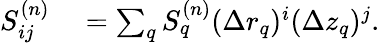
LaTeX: \begin{array}{rl}{S_{ij}^{(n)}}&{{}=\sum_{q}S_{q}^{(n)}(\Delta r_{q})^{i}(\Delta z_{q})^{j}.}\end{array}